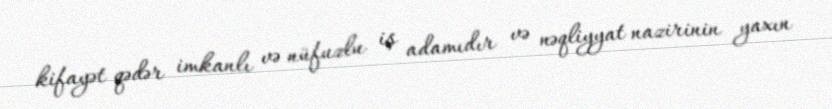
kifayət qədər imkanlı və nüfuzlu iş adamıdır və nəqliyyat nazirinin yaxın